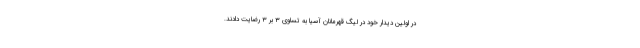
در اولین دیدار خود در لیگ قهرمانان آسیا به تساوی ۳ بر ۳ رضایت دادند.